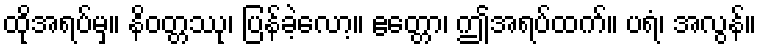
ထိုအရပ်မှ။ နိဝတ္တဿု၊ ပြန်ခဲ့လော့။ ဧတ္တော၊ ဤအရပ်ထက်။ ပရံ၊ အလွန်။